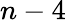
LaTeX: n-4